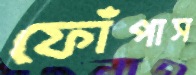
ফোঁপাস